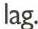
lag.